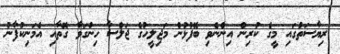
ރިޔާސަތުގައި މީގެ ކުރިން އިންނެވި ބޭފުޅުން މަޖިލީހުގެ ޖަލްސާ ހިންގަވާ ގޮތާއި އެމަނިކުފާނު